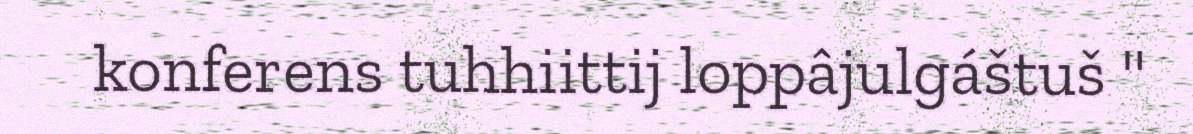
konferens tuhhiittij loppâjulgáštuš "